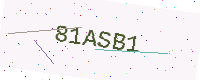
Text: 81ASB1